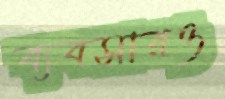
ব্যবসারও